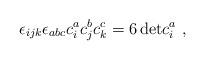
LaTeX: \begin{align*}\epsilon_{ijk} \epsilon_{abc} c_{i}^{a} c_{j}^{b} c_{k}^{c}= 6 \, \mbox{det} c_{i}^{a} \ ,\end{align*}